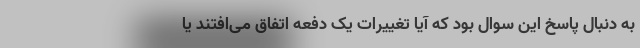
به دنبال پاسخ این سوال بود که آیا تغییرات یک دفعه اتفاق می‌افتند یا